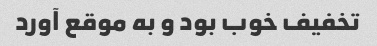
تخفیف خوب بود و به موقع آورد